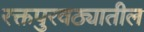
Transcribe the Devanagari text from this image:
रक्तपुरवठ्यातील